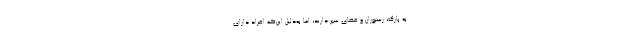
به پارک، رستوران و فضای سبز دارند، اما به‌دلیل این‌که افراد دارای